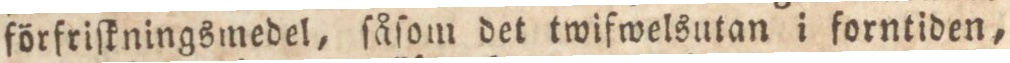
förfriſkningsmedel, ſåſom det twifwelsutan i forntiden,